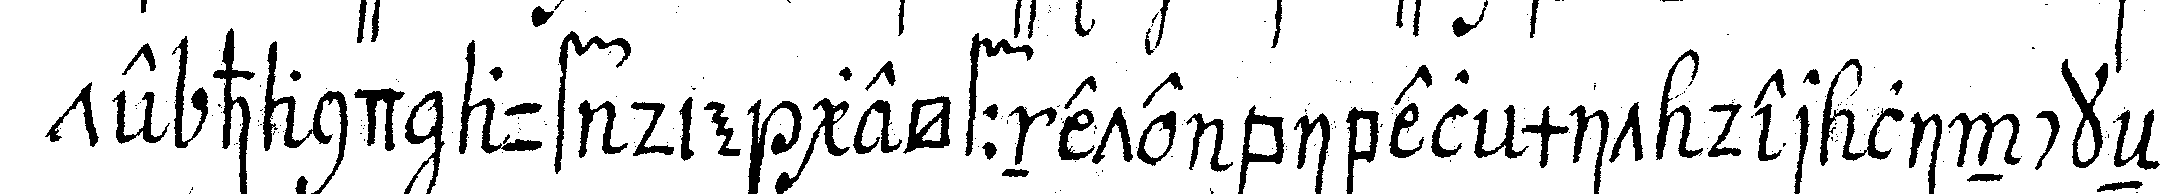
te hand auf die geöffnete bibel mit der linckeN